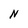
Character: N